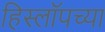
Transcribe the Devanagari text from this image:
हिस्लॉपच्या